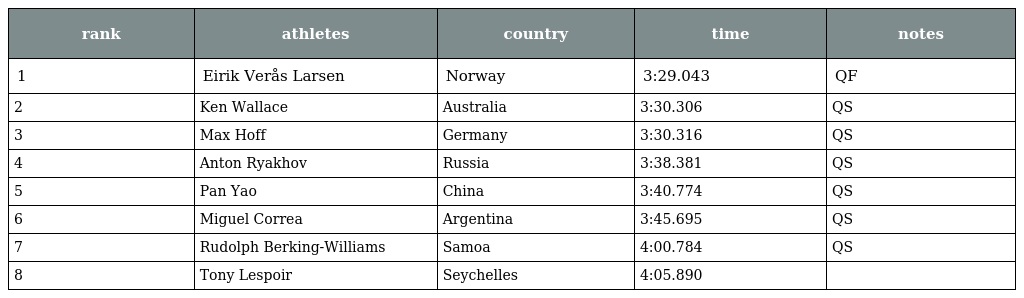
| rank | athletes | country | time | notes |
 | --- | --- | --- | --- | --- |
 | 1 | Eirik Verås Larsen | Norway | 3:29.043 | QF |
 | 2 | Ken Wallace | Australia | 3:30.306 | QS |
 | 3 | Max Hoff | Germany | 3:30.316 | QS |
 | 4 | Anton Ryakhov | Russia | 3:38.381 | QS |
 | 5 | Pan Yao | China | 3:40.774 | QS |
 | 6 | Miguel Correa | Argentina | 3:45.695 | QS |
 | 7 | Rudolph Berking-Williams | Samoa | 4:00.784 | QS |
 | 8 | Tony Lespoir | Seychelles | 4:05.890 |  |